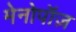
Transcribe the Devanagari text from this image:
मेनोपॉज़